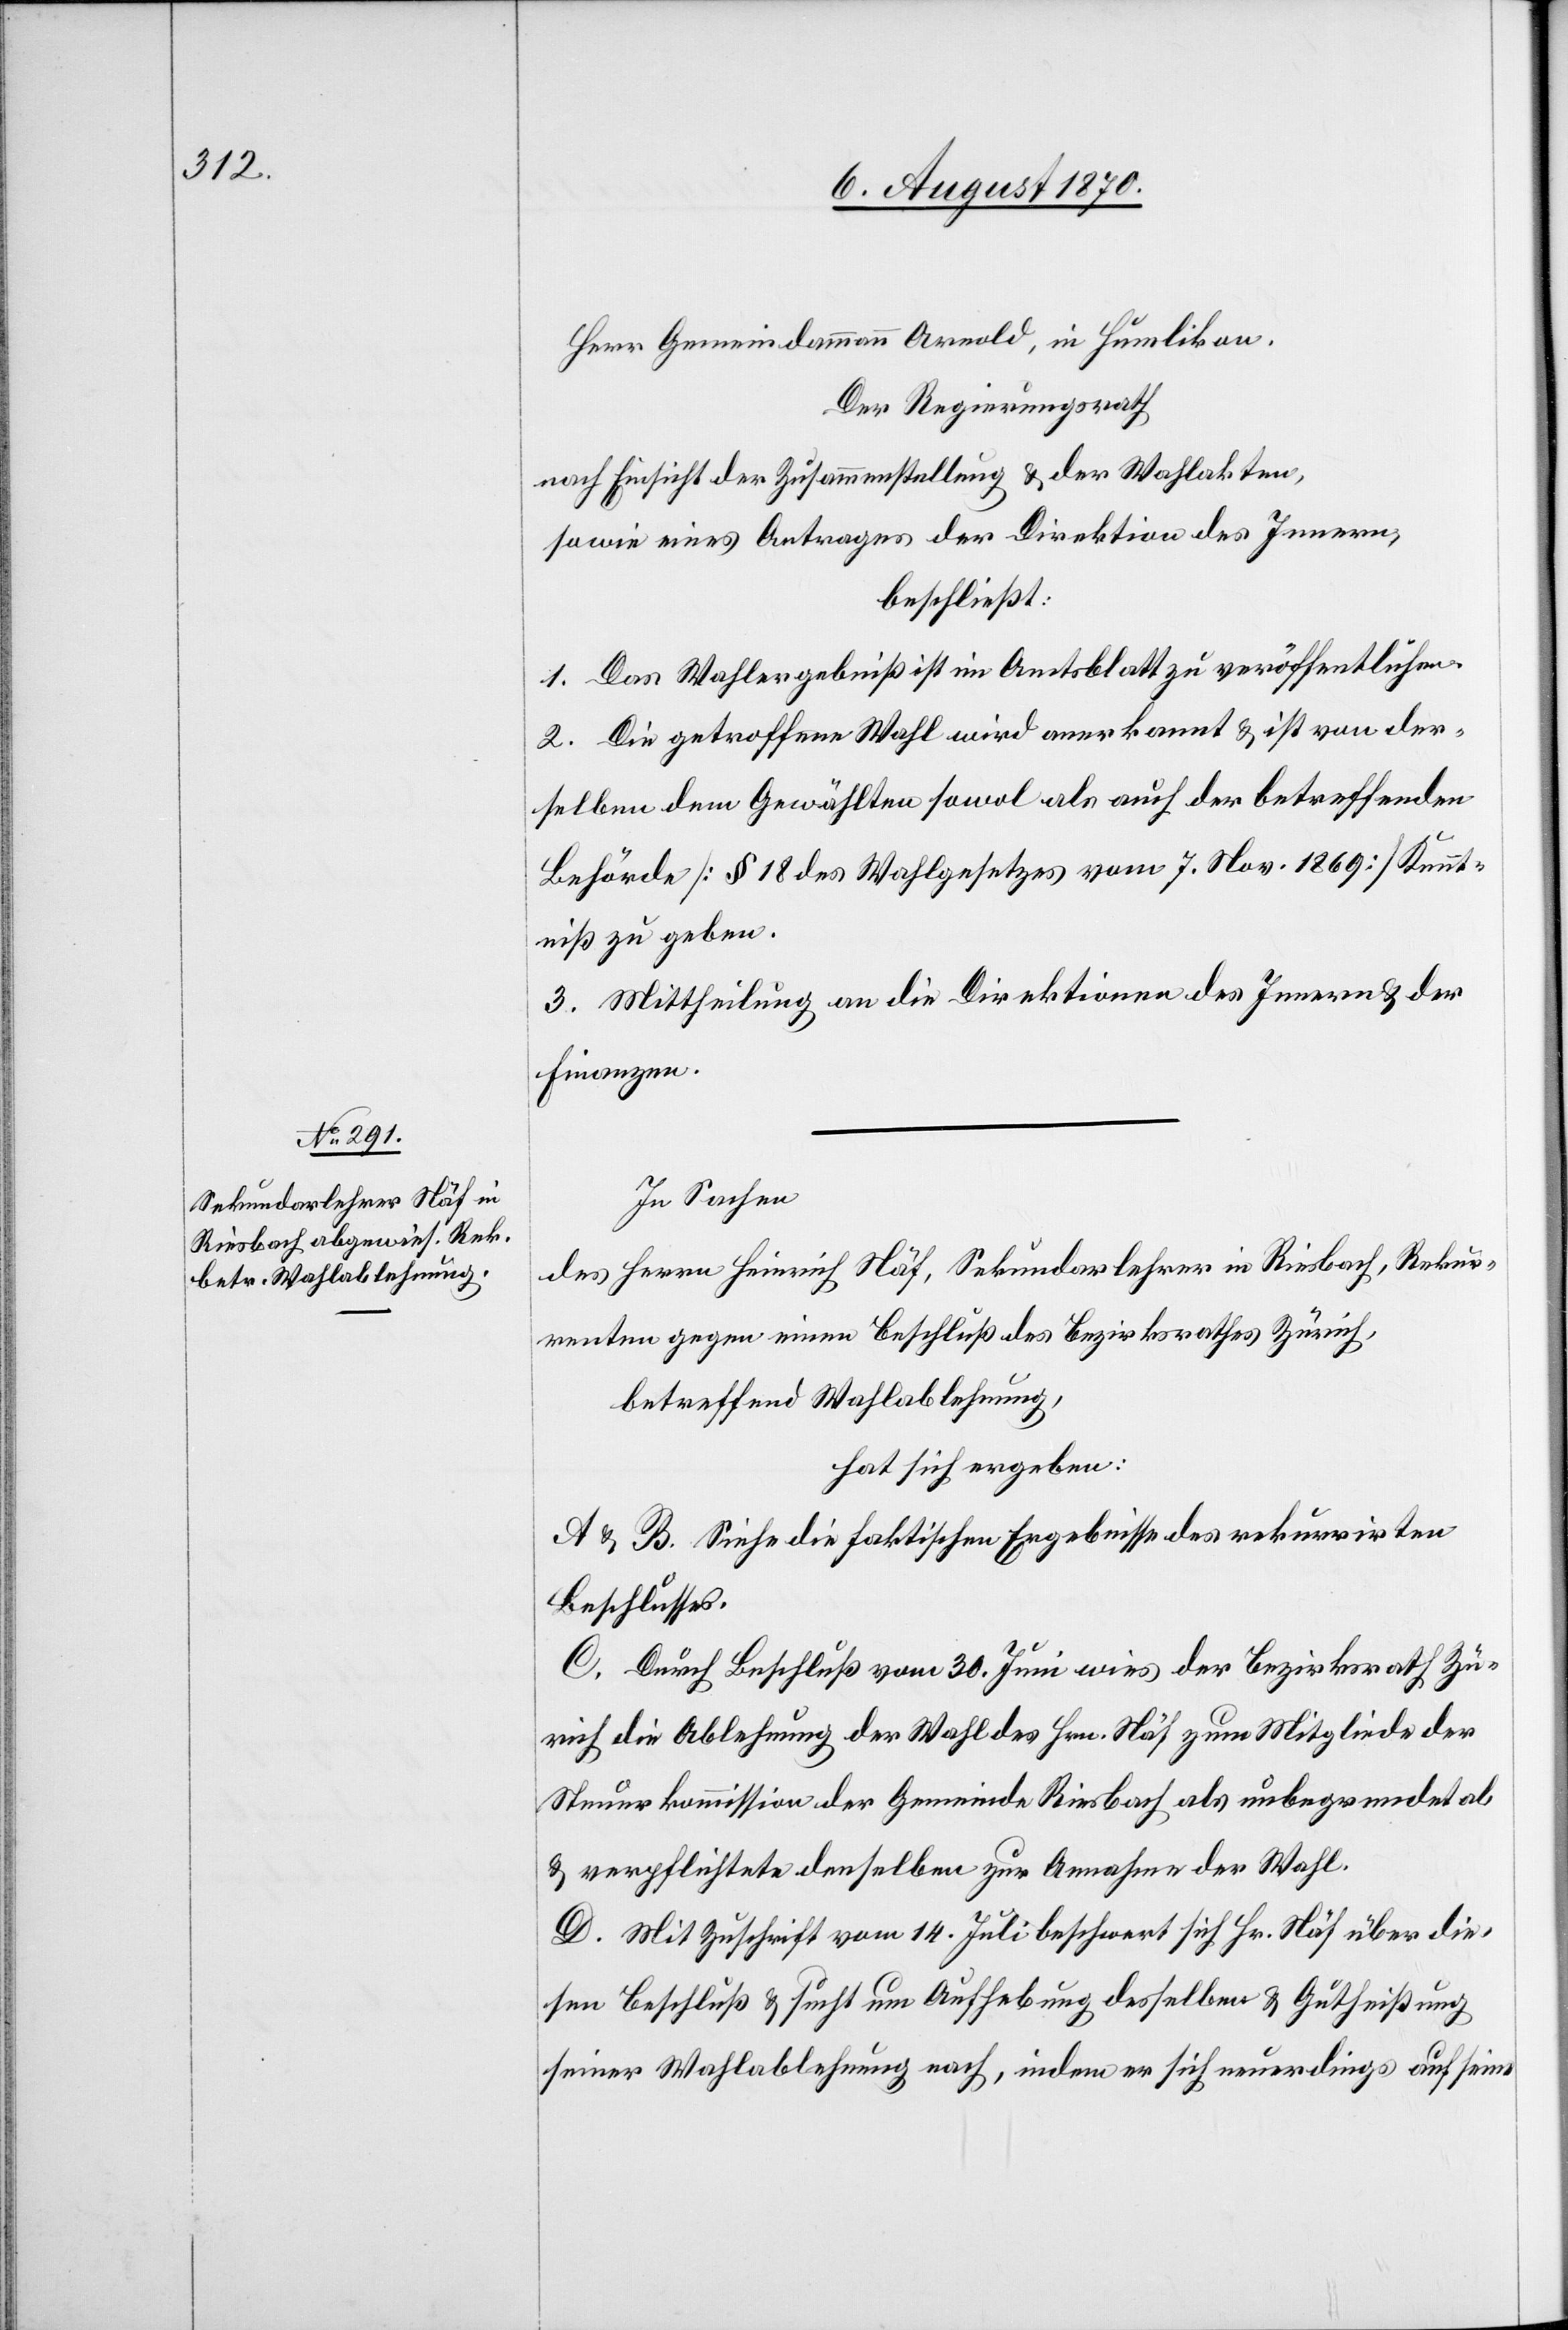
Herr Gemeindammann Arnold, in Humlikon.
Der Regierungsrath
nach Einsicht der Zusammenstellung & der Wahlakten,
sowie eines Antrages der Direktion des Innern,
beschließt:
1. Das Wahlergebniß ist im Amtsblatt zu veröffentlichen.
2. Die getroffene Wahl wird anerkannt & ist von der¬
selben dem Gewählten sowol als auch der betreffenden
Behörde [§ 18 des Wahlgesetzes vom 7. Nov. 1869] Kennt¬
niß zu geben.
3. Mittheilung an die Direktionen des Innern & der
Finanzen.
In Sachen
des Herrn Heinrich Näf, Sekundarlehrer in Riesbach, Rekur¬
renten gegen einen Beschluß des Bezirksrathes Zürich,
betreffend Wahlablehnung,
hat sich ergeben:
A & B. Siehe die faktischen Ergebnisse des rekurrirten
Beschlusses.
C. Durch Beschluß vom 30. Juni wies der Bezirksrath Zü¬
rich die Ablehnung der Wahl des Hrn. Näf zum Mitgliede der
Steuerkommission der Gemeinde Riesbach als unbegründet ab
& verpflichtete denselben zur Annahme der Wahl.
D. Mit Zuschrift vom 14. Juli beschwert sich Hr. Näf über die¬
sen Beschluß & sucht um Aufhebung desselben & Gutheißung
seiner Wahlablehnung nach, indem er sich neuerdings auf seine